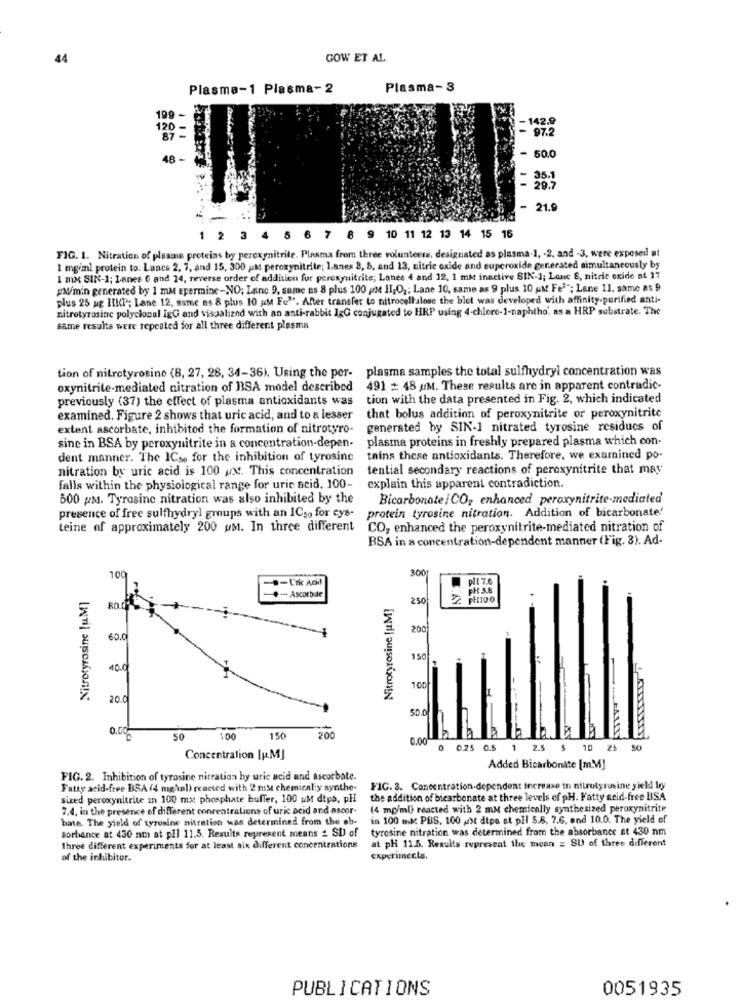
44
GOW ET AL.
Plasma-1 Plasma- 2
Plasma-3
199
-142.9
120
- 97.2
48
- 50.0
35.1
29.7
- 21.9
9 10 11 12 13 14 15 16
FIG. 1. Nitration of plasme proteins by peroxynitrite. Plasma from three volunteers, designated as plasma-1, - 2. and -3, were exposed at
1 mg/ml protein to: Lancs 2, 7, and 15, 300 ;M peroxynitrite; l.anes 3, 5, and 13, nitric oxide and superoxide ger.erated simultaneously by
1 mx SIN-1; Lanes 6 and 14, reverse order of addition for peroxynitrite; Lanes 4 and 12, 1 mM inactive SIN-1; Lanc S, nitric oxide at 17
pM/min generated by 1 mM Epermine-NO; Lane 9. same as 8 plus 100 Me HI,O ,; Lane 10, same as 9 plus 10 AM Fe3"; Lane Il. same as 9
plus 25 ug HIKi"; Lane 12, same as 8 plus 10 aM Fu"". After transfer to nitrocellulose the blet was developed with affinity-purified anti-
nitrotyrosine polyclonal IgG and visualiand with an anti-rabbit IgG conjugated to HRP using 4-chloro-1-naphtho. as a HRP substrate. The
same results were repeated for all three different plasma
tion of nitrotyrosine (8, 27, 28, 34-36). Using the per- plasma samples the total sulfhydryl concentration was
oxynitrile-mediated nitration of BSA model described 491 = 48 /M. These results are in apparent contradic-
previously (37) the effect of plasma antioxidants was
tion with the data presented in Fig. 2, which indicated
examined. Figure 2 shows that uric acid, and to a lesser
that bolus addition of peroxynitrite or peroxynitrite
extent ascorbate, inhibitod the formation of nitrotyro-
generated by SIN-1 nitrated tyrosine residuos of
plasma proteins in freshly prepared plasma which con-
sine in BSA by peroxynitrite in a concentration-depen-
dent manner. The ICse for the inhibition of tyrosine
tains these antioxidants. Therefore, we examined po-
nitration by uric acid is 100 ux. This concentration
tential secondary reactions of peroxynitrite that may
falls within the physiological range for uric acid, 100-
explain this apparent contradiction.
500 PM. Tyrosine nitration was also inhibited by the
Bicarbonate /CO2 enhanced peroxynitrite-mediated
protein tyrosine nitration. Addition of bicarbonate'
presence of free sulfhydryl groups with an ICso for cys-
Leine of approximately 200 uM. In three different
CO, enhanced the peroxynitrite-mediated nitration of
BSA in a concentration-dependent manner (Fig. 3). Ad-
300
109
-- Urk Ack!
pl t 7.6
Nitrotyrosine [u.M]
PH S.8
-+- Ascorbue
Nitrotyrosine [MM]
250
2 PH100
200
60.0
150
40.0
100
20.0
50.0
50
100
150
200
0.00
0.25 0.5
1
2.5
10
25 50
Concentration [p.MJ
Added Bicarbonite [mM]
FIG. 2. Inhibition of tyrosine nitration hy uric acid and ascorbate.
Fatty acid-free BSA (4 mg'pl) reacted with 2 mst chemical y synthe-
FIG. 3. Concentration-dependent increase in nitrutyrusine yield by
sized peroxynitrite in 100 mx phosphate buffer, 100 M dipa, PH
the addition of bicarbonate at three levels of pH. Fatty acid-free USA
7.4. in the presence of different concentrations of uric acid and ascor-
(4 mg/ml) reacted with 2 mM chemically synthesized peroxynitrite
bate. The yield of tyrosine nitration was determined from the ob-
in 100 Bk PBS, 100 ust dipa at pil 5.8, 7.6, and 10.0. The yield of
sorbance at 430 am at pil 11.5. Results represent means _ SD of
tyrosine nitration was determined from the absorbance at 430 nm
at pH 11.5. Results represeat the mean = SU of three different
three different experiments for at least six different concentrations
of the inhibitor.
experimects.
PUBLICATIONS
0051935